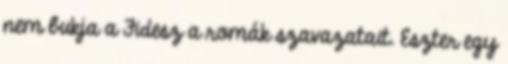
nem bukja a Fidesz a romák szavazatait. Eszter egy